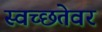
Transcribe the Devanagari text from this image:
स्वच्छतेवर